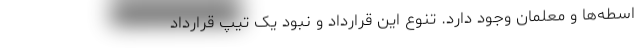
اسطه‌ها و معلمان وجود دارد. تنوع این قرارداد و نبود یک تیپ قرارداد